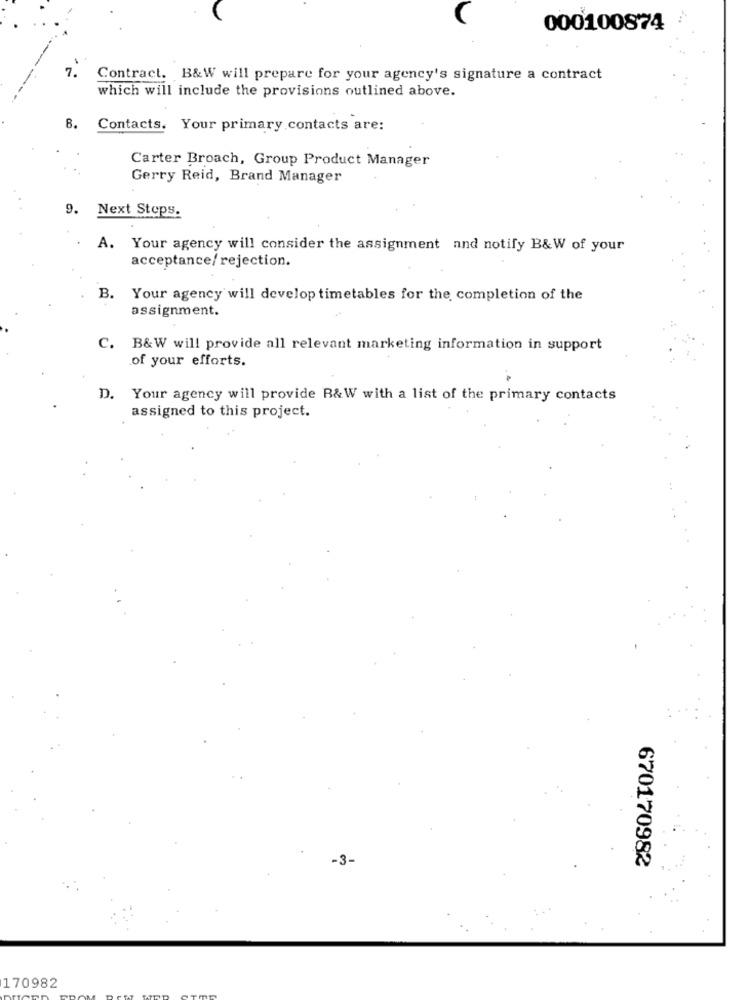
000100874
7.
Contract. B&W will prepare for your agency's signature a contract
which will include the provisions outlined above.
8.
Contacts. Your primary contacts are:
Carter Broach, Group Product Manager
Gerry Reid, Brand Manager
9.
Next Steps.
A. Your agency will consider the assignment and notify B&W of your
acceptance/ rejection.
B.
Your agency will develop timetables for the completion of the
assignment.
C. B&W will provide all relevant marketing information in support
of your efforts.
D.
Your agency will provide B&W with a list of the primary contacts
assigned to this project.
-3-
670170982
170982